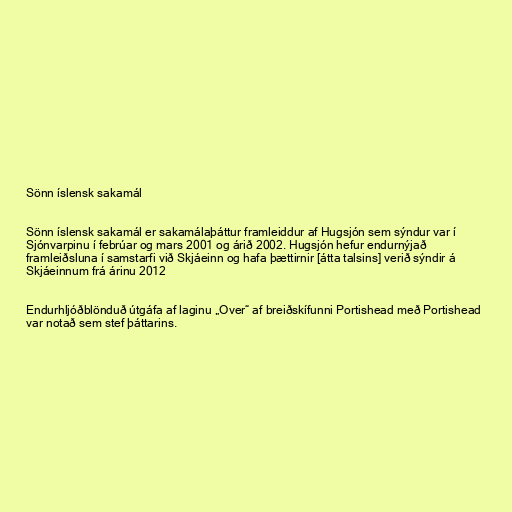
Sönn íslensk sakamál

Sönn íslensk sakamál er sakamálaþáttur framleiddur af Hugsjón sem sýndur var í
Sjónvarpinu í febrúar og mars 2001 og árið 2002. Hugsjón hefur endurnýjað
framleiðsluna í samstarfi við Skjáeinn og hafa þættirnir [átta talsins] verið sýndir á
Skjáeinnum frá árinu 2012

Endurhljóðblönduð útgáfa af laginu „Over“ af breiðskífunni Portishead með Portishead
var notað sem stef þáttarins.